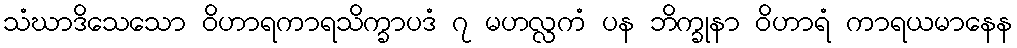
သံဃာဒိသေသော ဝိဟာရကာရသိက္ခာပဒံ ၇ မဟလ္လကံ ပန ဘိက္ခုနာ ဝိဟာရံ ကာရယမာနေန